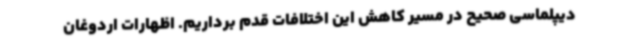
دیپلماسی صحیح در مسیر کاهش این اختلافات قدم برداریم. اظهارات اردوغان